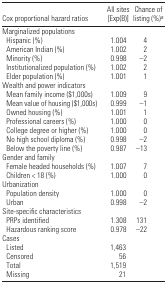
<table><thead><tr><td><b>Cox proportional hazard ratios</b></td><td><b>All sites [Exp(B)]</b></td><td><b>Chance of listing (%)a</b></td></tr></thead><tbody><tr><td colspan="3">Marginalized populations</td></tr><tr><td> Hispanic (%)</td><td>1.004</td><td>4</td></tr><tr><td> American Indian (%)</td><td>1.002</td><td>2</td></tr><tr><td> Minority (%)</td><td>0.998</td><td>−2</td></tr><tr><td> Institutionalized population (%)</td><td>1.002</td><td>2</td></tr><tr><td> Elder population (%)</td><td>1.001</td><td>1</td></tr><tr><td colspan="3">Wealth and power indicators</td></tr><tr><td> Mean family income ($1,000s)</td><td>1.009</td><td>9</td></tr><tr><td> Mean value of housing ($1,000s)</td><td>0.999</td><td>−1</td></tr><tr><td> Owned housing (%)</td><td>1.001</td><td>1</td></tr><tr><td> Professional careers (%)</td><td>1.000</td><td>0</td></tr><tr><td> College degree or higher (%)</td><td>1.000</td><td>0</td></tr><tr><td> No high school diploma (%)</td><td>0.998</td><td>−2</td></tr><tr><td> Below the poverty line (%)</td><td>0.987</td><td>−13</td></tr><tr><td colspan="3">Gender and family</td></tr><tr><td> Female headed households (%)</td><td>1.007</td><td>7</td></tr><tr><td> Children &lt; 18 (%)</td><td>1.000</td><td>0</td></tr><tr><td colspan="3">Urbanization</td></tr><tr><td> Population density</td><td>1.000</td><td>0</td></tr><tr><td> Urban</td><td>0.998</td><td>−2</td></tr><tr><td colspan="3">Site-specific characteristics</td></tr><tr><td> PRPs identified</td><td>1.308</td><td>131</td></tr><tr><td> Hazardous ranking score</td><td>0.978</td><td>−22</td></tr><tr><td colspan="3">Cases</td></tr><tr><td> Listed</td><td>1,463</td><td></td></tr><tr><td> Censored</td><td>56</td><td></td></tr><tr><td> Total</td><td>1,519</td><td></td></tr><tr><td> Missing</td><td>21</td><td></td></tr></tbody></table>